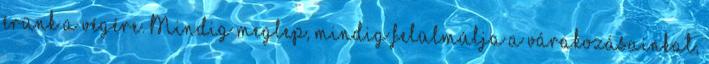
érünk a végére. Mindig meglep, mindig felülmúlja a várakozásainkat,